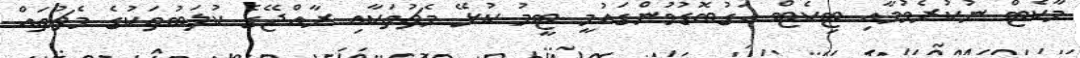
މާކެޓް ނުކުރެވުމާއި ޓިކެޓް އަގުބޮޑުވުންގައުމީ ޓީމު ކުޅޭ މެޗުތަކާއި ރާއްޖޭގެ ކުލަބުތަކުގެ މެޗުތައް